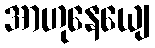
အာဟုနေယျေ